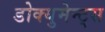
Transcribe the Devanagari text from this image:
डोक्युमेन्ट्स